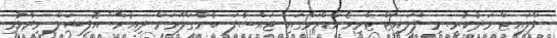
ފްލައިޓް މަދުކުރީ. މި ފްލައިޓް ޓްރިވެންޑްރަމްގައި ޖައްސާފަ ބެންގަލޫރަށް ދިއުން" އޮފިޝަލް ވިދާޅުވި